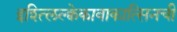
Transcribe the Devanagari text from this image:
इश्त्लिल्क्वेकावाकात्सिनची